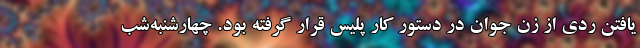
یافتن ردی از زن جوان در دستور کار پلیس قرار گرفته بود. چهارشنبه‌شب